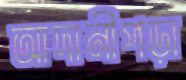
আদানীপড়া